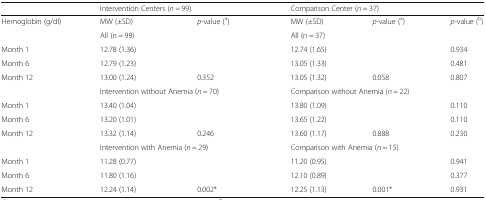
<table><thead><tr><td></td><td colspan="2"><b>Intervention Centers (<i>n</i> = 99)</b></td><td colspan="2"><b>Comparison Center (<i>n</i> = 37)</b></td><td></td></tr></thead><tbody><tr><td>Hemoglobin (g/dl)</td><td>MW (±SD)</td><td><i>p</i>-value (<sup>a</sup>)</td><td>MW (±SD)</td><td><i>p</i>-value (<sup>a</sup>)</td><td><i>p</i>-value (<sup>b</sup>)</td></tr><tr><td></td><td colspan="2">All (n = 99)</td><td colspan="3">All (n = 37)</td></tr><tr><td>Month 1</td><td>12.78 (1.36)</td><td></td><td>12.74 (1.65)</td><td></td><td>0.934</td></tr><tr><td>Month 6</td><td>12.79 (1.23)</td><td></td><td>13.05 (1.33)</td><td></td><td>0.481</td></tr><tr><td>Month 12</td><td>13.00 (1.24)</td><td>0.352</td><td>13.05 (1.32)</td><td>0.058</td><td>0.807</td></tr><tr><td></td><td colspan="2">Intervention without Anemia (<i>n</i> = 70)</td><td colspan="3">Comparison without Anemia (<i>n</i> = 22)</td></tr><tr><td>Month 1</td><td>13.40 (1.04)</td><td></td><td>13.80 (1.09)</td><td></td><td>0.110</td></tr><tr><td>Month 6</td><td>13.20 (1.01)</td><td></td><td>13.65 (1.22)</td><td></td><td>0.110</td></tr><tr><td>Month 12</td><td>13.32 (1.14)</td><td>0.246</td><td>13.60 (1.17)</td><td>0.888</td><td>0.230</td></tr><tr><td></td><td colspan="2">Intervention with Anemia (<i>n</i> = 29)</td><td colspan="3">Comparison with Anemia (<i>n</i> = 15)</td></tr><tr><td>Month 1</td><td>11.28 (0.77)</td><td></td><td>11.20 (0.95)</td><td></td><td>0.941</td></tr><tr><td>Month 6</td><td>11.80 (1.16)</td><td></td><td>12.10 (0.89)</td><td></td><td>0.377</td></tr><tr><td>Month 12</td><td>12.24 (1.14)</td><td>0.002*</td><td>12.25 (1.13)</td><td>0.001*</td><td>0.931</td></tr></tbody></table>